Statistical return of the lunatic asylum in Assam - 1912-1932
Year: 1912
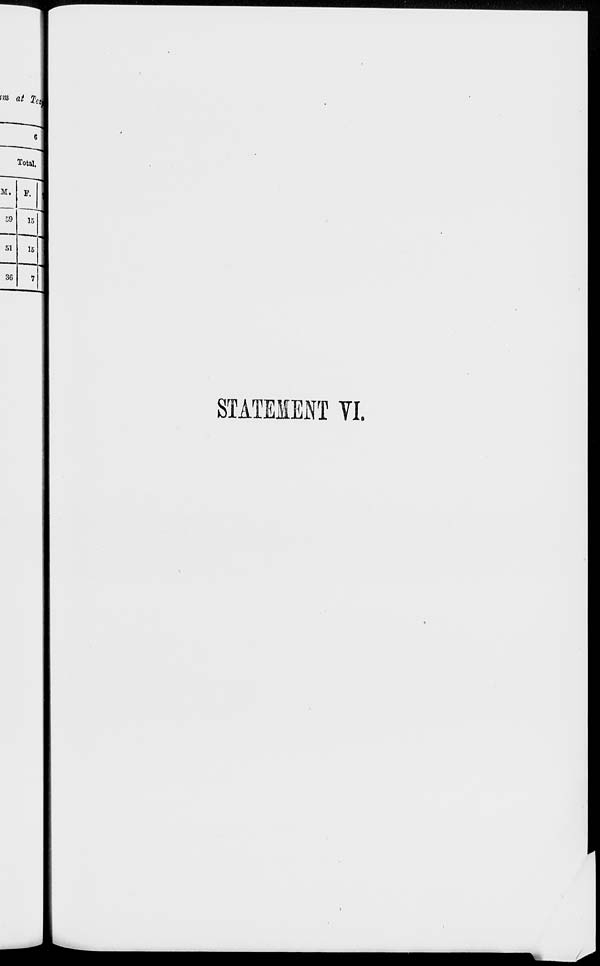
m at Xei
6
Total,
M.
F.
59
15
51
15
36
7
STATEMENT VI